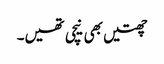
چھتیں بھی نیچی تھیں۔